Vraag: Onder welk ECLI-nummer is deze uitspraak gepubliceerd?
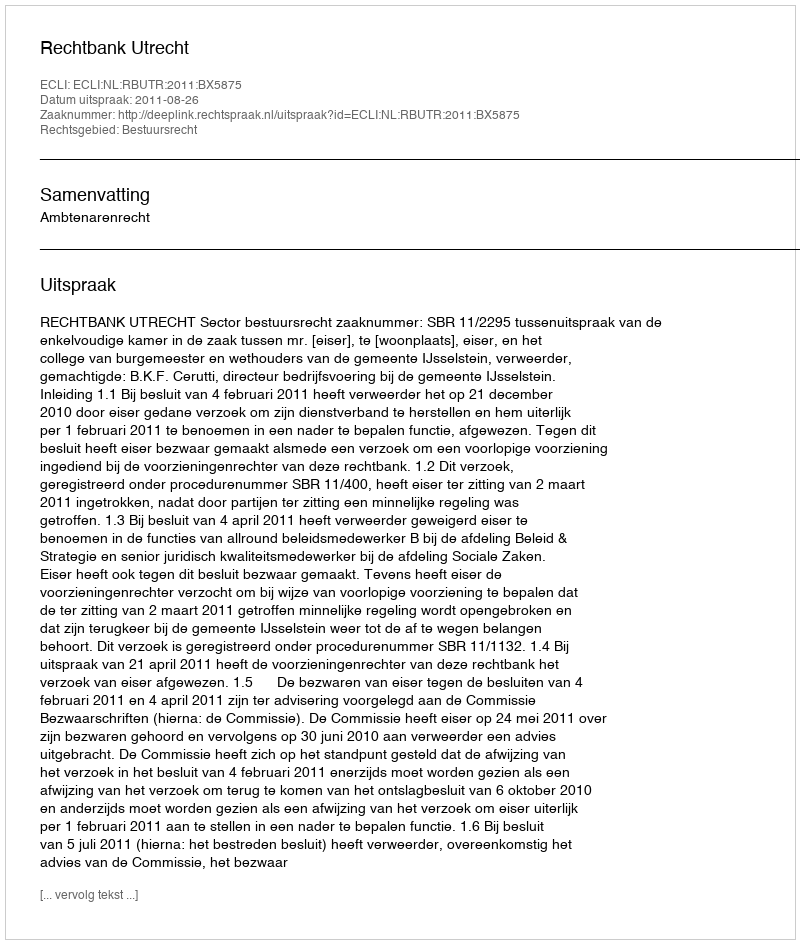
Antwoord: ECLI:NL:RBUTR:2011:BX5875